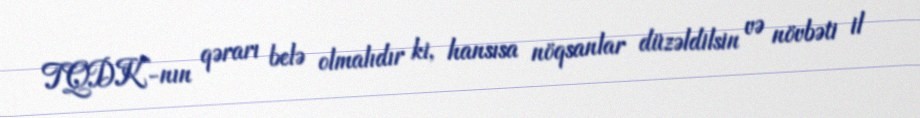
TQDK-nın qərarı belə olmalıdır ki, hansısa nöqsanlar düzəldilsin və növbəti il